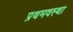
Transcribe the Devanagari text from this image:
प्रथमवस्था